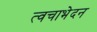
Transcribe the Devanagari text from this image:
त्वचाभेदन